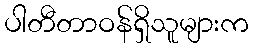
ပါတီတာဝန်ရှိသူများက